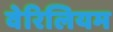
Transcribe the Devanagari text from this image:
वेरिलियम